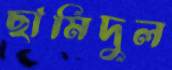
ছামিদুল